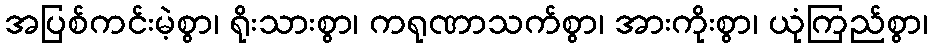
အပြစ်ကင်းမဲ့စွာ၊ ရိုးသားစွာ၊ ကရုဏာသက်စွာ၊ အားကိုးစွာ၊ ယုံကြည်စွာ၊